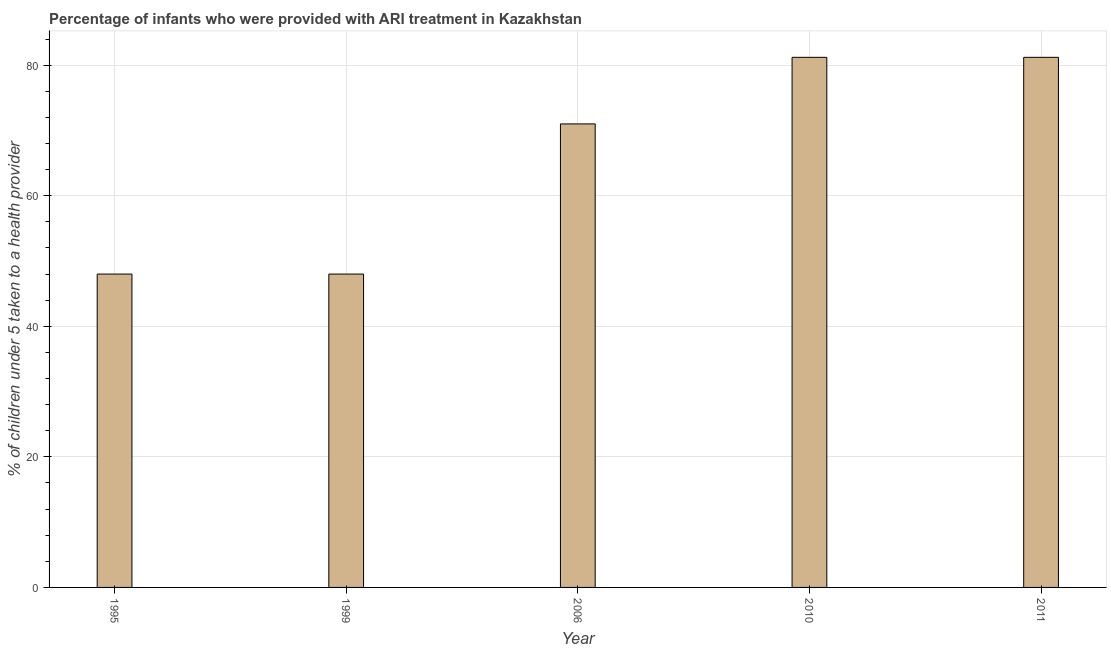
| Year | ARI treatment |
 | --- | --- |
 | 1995 | 48 |
 | 1999 | 48 |
 | 2006 | 71 |
 | 2010 | 81.2 |
 | 2011 | 81.2 |